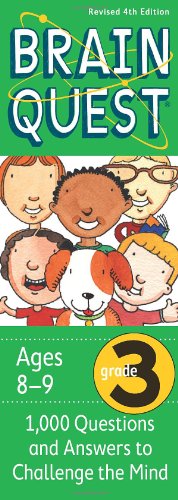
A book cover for Brain Quest Grade 3, revised 4th edition: 1,000 Questions and Answers to Challenge the Mind; Chris Welles Feder; Children's Books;